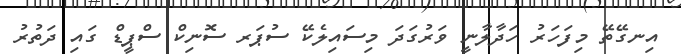
އިނގޭތޭ މިފަހަރު ހަދާލާނީ ވަރުގަދަ މިސައިލެކޭ ސުޕަރ ސޮނިކް ސްޕީޑް ގައި ދަތުރު